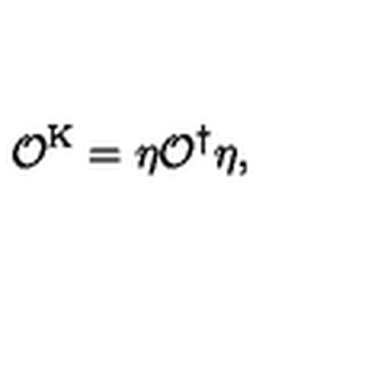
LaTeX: \mathcal { O } ^ { \mathrm { K } } = \eta \mathcal { O } ^ { \dagger } \eta ,